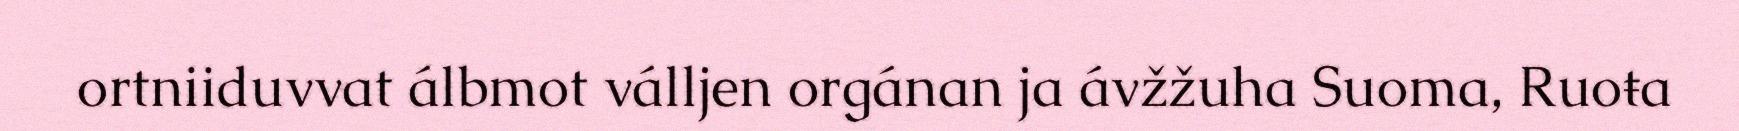
ortniiduvvat álbmot válljen orgánan ja ávžžuha Suoma, Ruoŧa